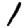
Digit: 1